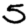
Digit: 5